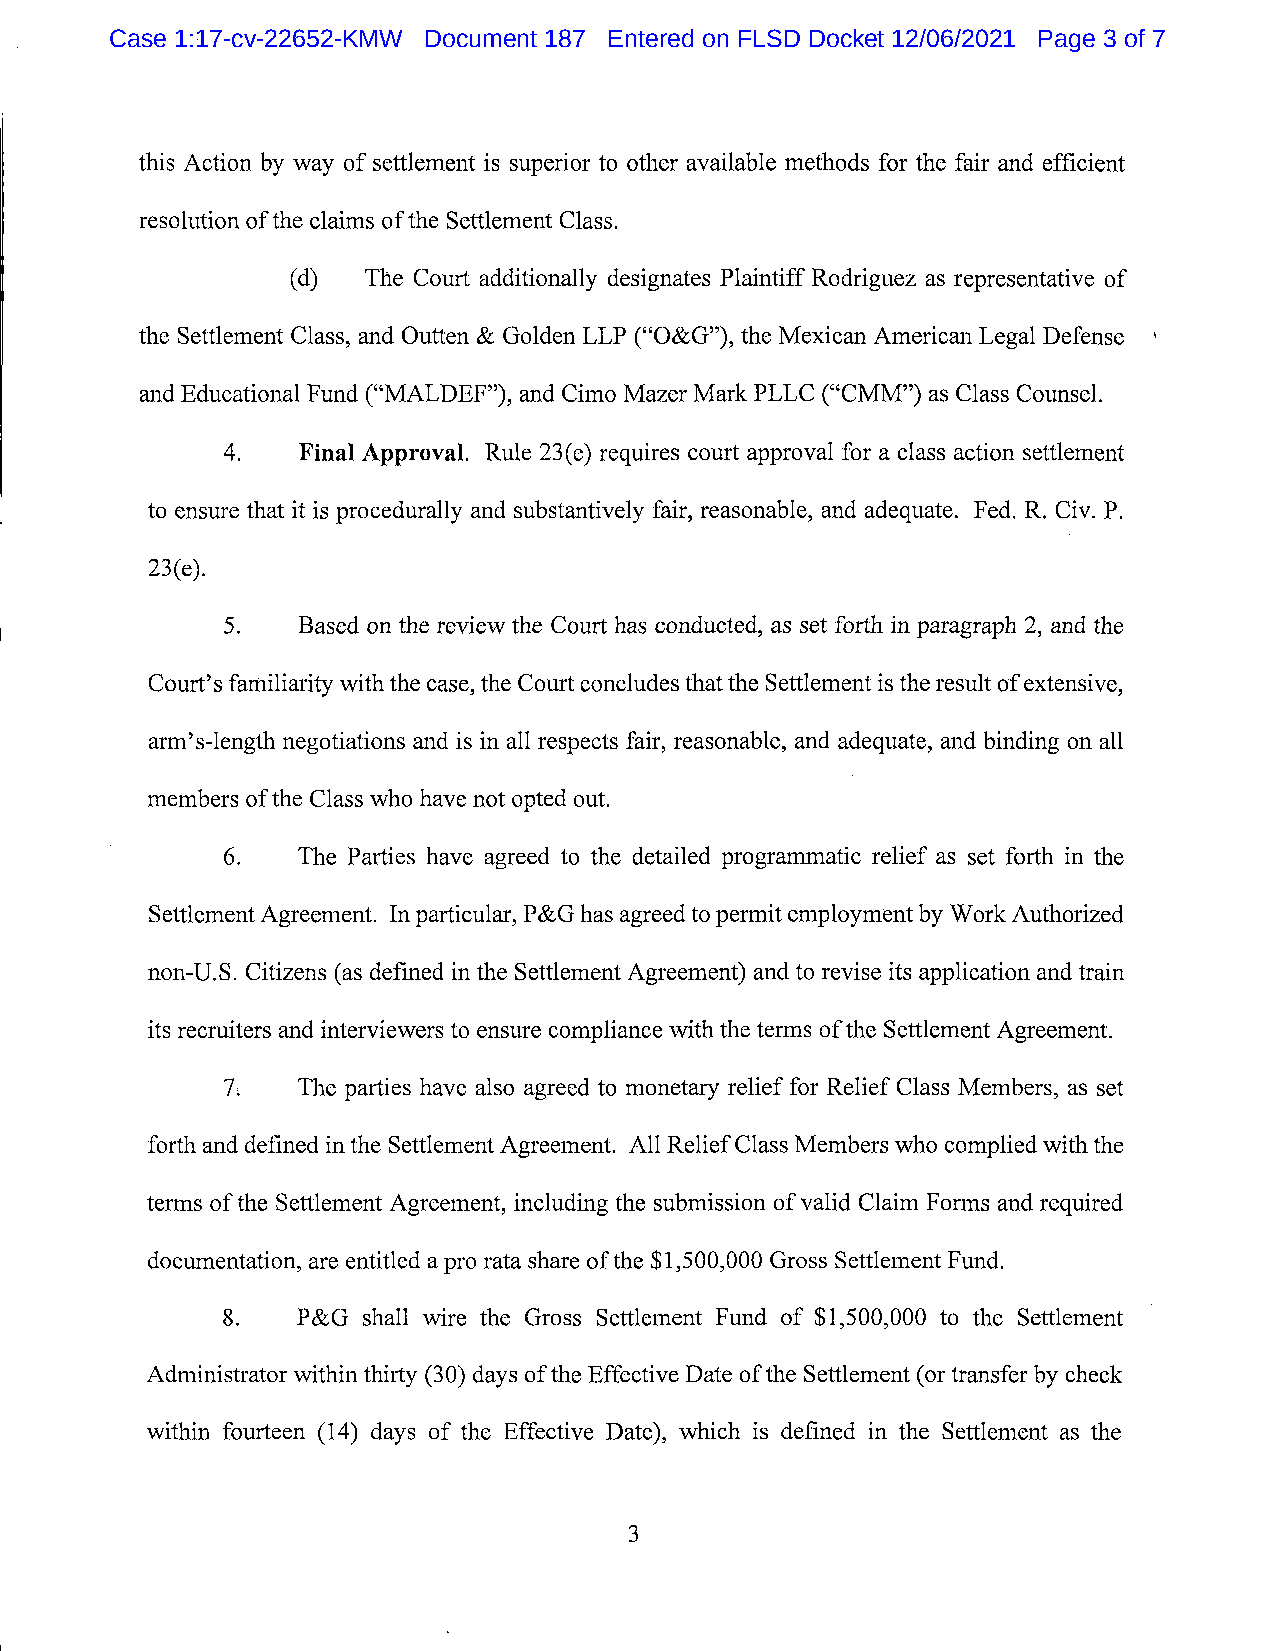
Case 1:17-cv-22652-KMW Document 187 Entered on FLSD Docket 12/06/2021 Page 3 of 7
 this Action by way of settlement is superior to other available methods for the fair and efficient
 resolution of the claims of the Settlement Class.
 (d)  The Coul't additionally designates Plaintiff Rodriguez as representative of
 the Settlement Class, and Outten & Golden LLP (C$O&G''), the Mexican American Legal Defense
 and Educational Fund (ICMALDEF'), and Cimo Mazer Mark PLLC (;CCMM'') as Class Cotmsel.
 Final Approval. Rule 23(e) requires coul't approval for a class action setllement
 to ensure that it is procedurally and substantively fair, reasonable, and adequate. Fed. R. Civ. P.
 23(e).
 Based on the review the Court has conducted, as set fol'th in paragraph 2, and the
 Court's familiarity with the case, the Court concludes that the Setllement is the result of extensive,
 arm's-length negotiations and is in all respects fair, reasonable, and adequate, and binding on all
 members of the Class who have not opted out.
 The Parties have agreed to the detailed programmatic relief as set forth in the
 Settlement Agreement. ln particular, P&G has agreed to permit employment by W ork Authorized
 non-U.S. Citizens (as defined in the Settlement Agreement) and to revise its application and train
 its recruiters and interviewers to ensure compliance with the terms of the Settlement Agreement.
 The parties have also agreed to monetary relief for Relief Class M embers, as set
 forth and defined in the Settlement Agreement. A11 Relief Class M embers who complied with the
 terms of the Settlement Agreement, including the submission of valid Claim Forms and required
 documentation, are entitled a pro rata share of the $1,500,000 Gross Settlement Fund.
 8.   P&G shall wire the Gross Settlement Fund of $ 1,500,000 to the Setllement
 Administrator within thirty (30) days of the Effective Date of the Settlement (or transfer by check
 within fourteen (14) days of the Effective Date), which is defined in the Settlement as the